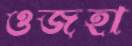
ওজহা